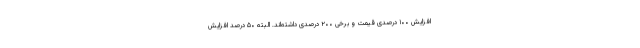
افزایش ۱۰۰ درصدی قیمت و برخی ۲۰۰ درصدی داشته‌اند. البته ۵۰ درصد افزایش